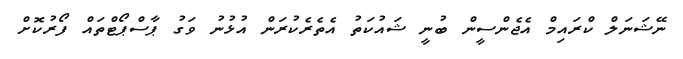
ނޭޝަނަލް ކްރައިމް އެޖެންސީން ބުނީ ޝައުކަތު އެތެރެކުރަން އުޅުނު ވަގު ޕާސްޕޯޓްތައް ފޯރުކޮށް